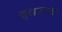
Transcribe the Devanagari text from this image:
सुखजनक